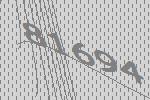
81694